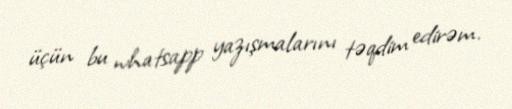
üçün bu whatsapp yazışmalarını təqdim edirəm.